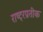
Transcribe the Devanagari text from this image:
राष्ट्रप्रतीक